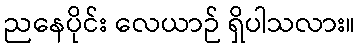
ညနေပိုင်း လေယာဉ် ရှိပါသလား။